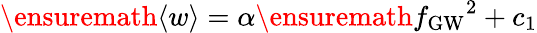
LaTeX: \ensuremath{\langle w\rangle}=\alpha\ensuremath{f_{\mathrm{GW}}}^{2}+c_{1}